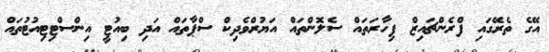
އޭގެ ތެރޭގައި ފްރެންޗައިޒް ފިހާރަތައް ސެލޮންތައް އަޔުރްވެދިކް ސްޕާތައް އަދި ބިއުޓީ އިންސްޓިޓިއުޓުތައް